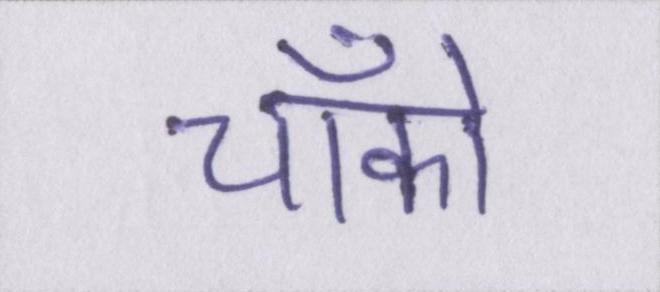
चॉको